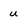
Character: u